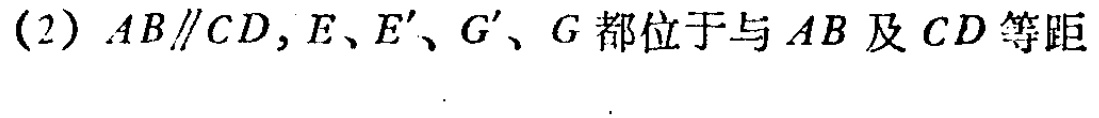
(2) \(AB\parallel CD\), \(E\)、\(E'\)、\(G'\)、\(G\)都位于与 \(AB\) 及 \(CD\) 等距